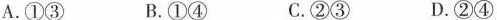
A.①③ B.①④ C.②③ D.②④